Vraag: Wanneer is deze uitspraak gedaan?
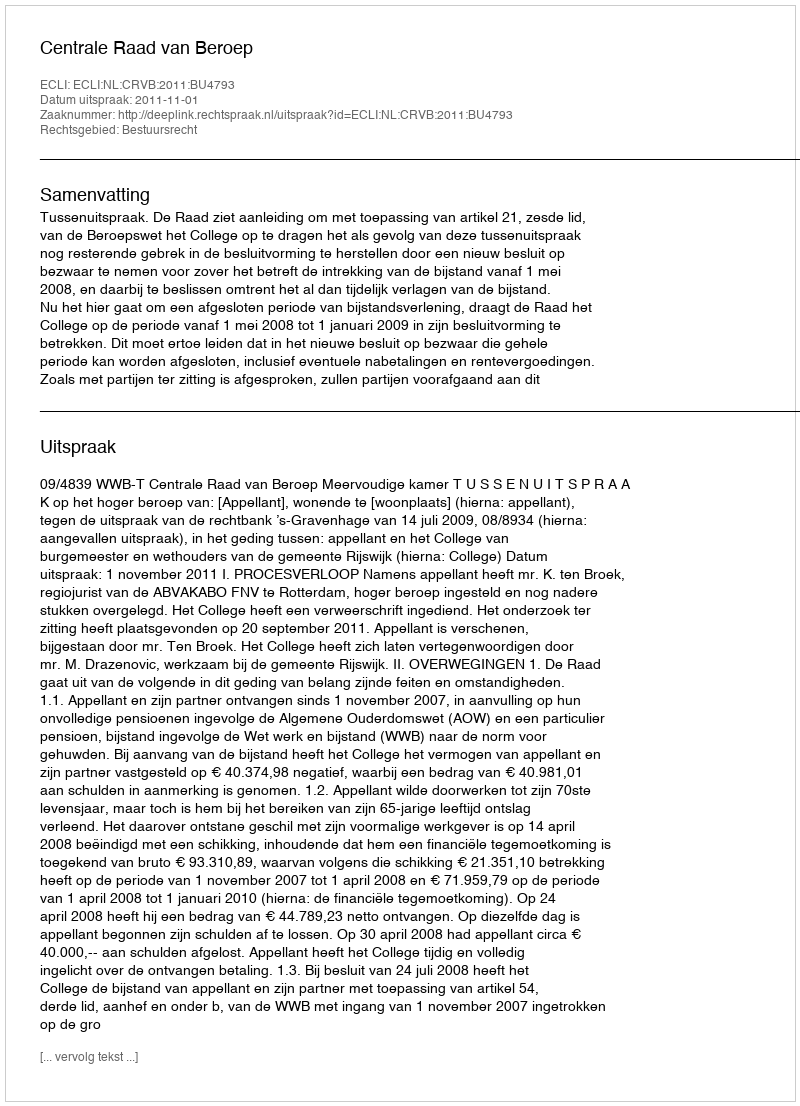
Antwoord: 2011-11-01